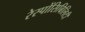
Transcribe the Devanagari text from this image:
रेस्पोंसिबिलिटी